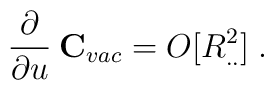
\frac{\partial}{\partial u}\: {\bf C}_{vac} = O[R^2_{..}]\; .